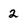
Character: 2